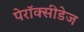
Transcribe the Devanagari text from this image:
पेरॉक्सीडेज